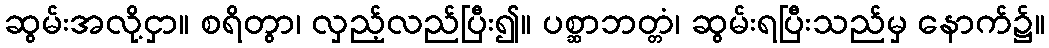
ဆွမ်းအလို့ငှာ။ စရိတွာ၊ လှည့်လည်ပြီး၍။ ပစ္ဆာဘတ္တံ၊ ဆွမ်းရပြီးသည်မှ နောက်၌။